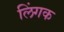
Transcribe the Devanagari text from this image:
लिंगक